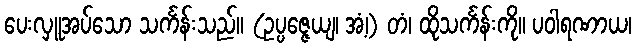
ပေးလှူအပ်သော သင်္ကန်းသည်။ (ဥပ္ပဇ္ဇေယျ၊ အံ့၊) တံ၊ ထိုသင်္ကန်းကို။ ပဝါရဏာယ၊